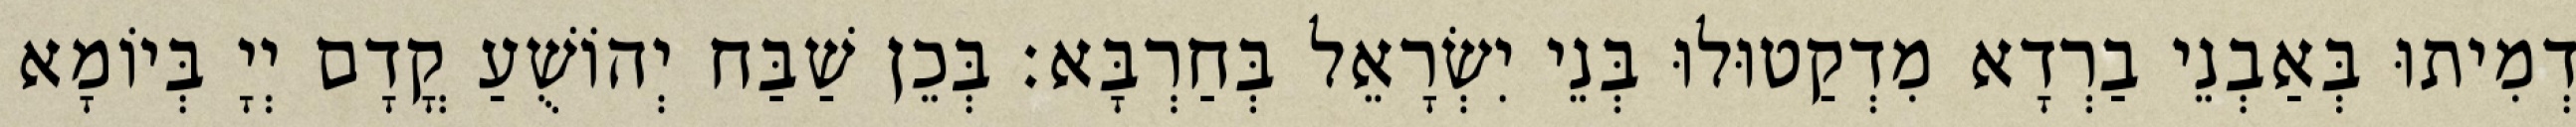
דְמִיתוּ בְּאַבְנֵי בַרְדָא מִדְקַטוּלוּ בְּנֵי יִשְׂרָאֵל בְּחַרְבָּא׃ בְּכֵן שַׁבַּח יְהוֹשֻׁעַ קֳדָם יְיָ בְּיוֹמָא